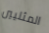
المثليين